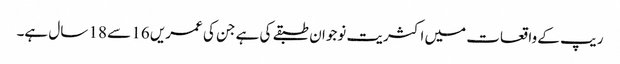
ریپ کے واقعات میں اکثریت نوجوان طبقے کی ہے جن کی عمریں 16 سے 18 سال ہے۔